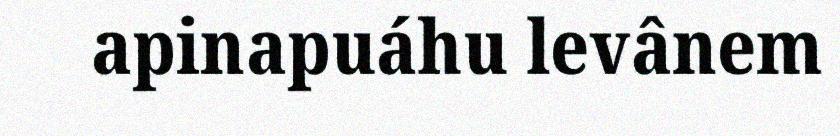
apinapuáhu levânem